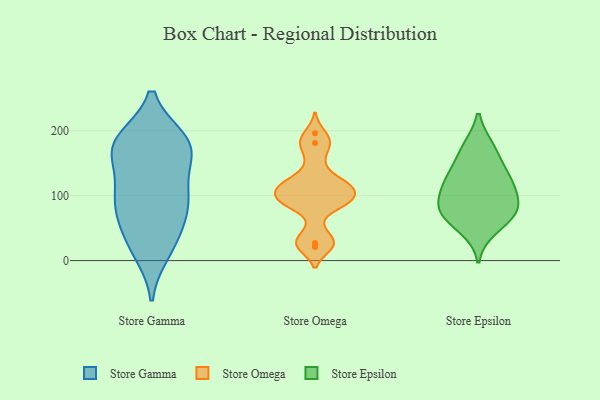
{"axis": {"x": "Budget (USD K)", "y": "Value"}, "legend": ["Store Epsilon", "Store Gamma", "Store Omega"], "data": [{"x": "", "y": 15, "type": "Store Gamma"}, {"x": "", "y": 100, "type": "Store Gamma"}, {"x": "", "y": 91, "type": "Store Gamma"}, {"x": "", "y": 181, "type": "Store Gamma"}, {"x": "", "y": 179, "type": "Store Gamma"}, {"x": "", "y": 168, "type": "Store Gamma"}, {"x": "", "y": 184, "type": "Store Gamma"}, {"x": "", "y": 31, "type": "Store Gamma"}, {"x": "", "y": 36, "type": "Store Gamma"}, {"x": "", "y": 83, "type": "Store Gamma"}, {"x": "", "y": 174, "type": "Store Gamma"}, {"x": "", "y": 168, "type": "Store Gamma"}, {"x": "", "y": 82, "type": "Store Gamma"}, {"x": "", "y": 111, "type": "Store Gamma"}, {"x": "", "y": 100, "type": "Store Omega"}, {"x": "", "y": 149, "type": "Store Omega"}, {"x": "", "y": 92, "type": "Store Omega"}, {"x": "", "y": 181, "type": "Store Omega"}, {"x": "", "y": 27, "type": "Store Omega"}, {"x": "", "y": 89, "type": "Store Omega"}, {"x": "", "y": 115, "type": "Store Omega"}, {"x": "", "y": 122, "type": "Store Omega"}, {"x": "", "y": 196, "type": "Store Omega"}, {"x": "", "y": 45, "type": "Store Omega"}, {"x": "", "y": 176, "type": "Store Omega"}, {"x": "", "y": 24, "type": "Store Omega"}, {"x": "", "y": 117, "type": "Store Omega"}, {"x": "", "y": 107, "type": "Store Omega"}, {"x": "", "y": 21, "type": "Store Omega"}, {"x": "", "y": 86, "type": "Store Omega"}, {"x": "", "y": 117, "type": "Store Omega"}, {"x": "", "y": 89, "type": "Store Omega"}, {"x": "", "y": 81, "type": "Store Epsilon"}, {"x": "", "y": 173, "type": "Store Epsilon"}, {"x": "", "y": 89, "type": "Store Epsilon"}, {"x": "", "y": 48, "type": "Store Epsilon"}, {"x": "", "y": 117, "type": "Store Epsilon"}, {"x": "", "y": 67, "type": "Store Epsilon"}, {"x": "", "y": 175, "type": "Store Epsilon"}, {"x": "", "y": 103, "type": "Store Epsilon"}, {"x": "", "y": 119, "type": "Store Epsilon"}, {"x": "", "y": 134, "type": "Store Epsilon"}, {"x": "", "y": 70, "type": "Store Epsilon"}, {"x": "", "y": 76, "type": "Store Epsilon"}, {"x": "", "y": 139, "type": "Store Epsilon"}]}